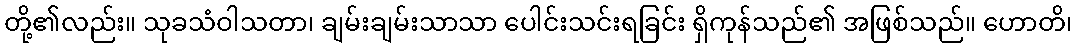
တို့၏လည်း။ သုခသံဝါသတာ၊ ချမ်းချမ်းသာသာ ပေါင်းသင်းရခြင်း ရှိကုန်သည်၏ အဖြစ်သည်။ ဟောတိ၊